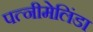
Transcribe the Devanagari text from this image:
पत्नीमेलिंडा